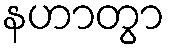
နဟာတွာ